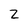
Character: Z